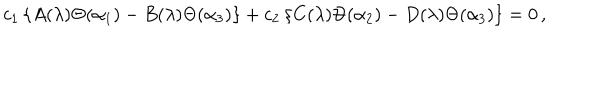
c _ { 1 } \left\{ A ( \lambda ) \Theta ( \alpha _ { 1 } ) - B ( \lambda ) \Theta ( \alpha _ { 3 } ) \right\} + c _ { 2 } \left\{ C ( \lambda ) \Theta ( \alpha _ { 2 } ) - D ( \lambda ) \Theta ( \alpha _ { 3 } ) \right\} = 0 \, ,